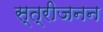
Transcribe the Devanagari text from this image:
स्त्रीजनन